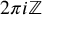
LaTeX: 2 \pi i \mathbb { Z }